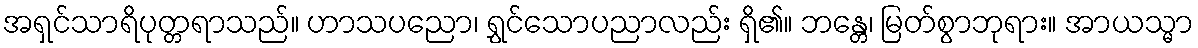
အရှင်သာရိပုတ္တရာသည်။ ဟာသပညော၊ ရွှင်သောပညာလည်း ရှိ၏။ ဘန္တေ၊ မြတ်စွာဘုရား။ အာယသ္မာ